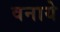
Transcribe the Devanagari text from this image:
वनाये